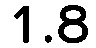
1.8